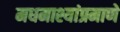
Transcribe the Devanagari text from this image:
मधमाश्यांप्रमाणे